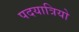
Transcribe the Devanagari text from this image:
पदयात्रियो